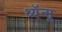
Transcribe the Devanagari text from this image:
थ्यॅन्मू